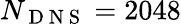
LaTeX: N_{\mathrm{~D~N~S~}}=2048